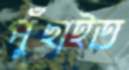
পুঁছাইত